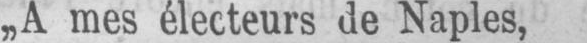
„A mes électeurs de Naples,